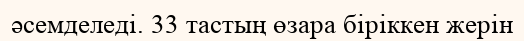
әсемделеді. 33 тастың өзара біріккен жерін